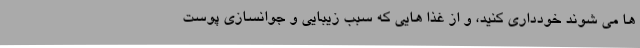
ها می شوند خودداری کنید، و از غذا هایی که سبب زیبایی و جوانسازی پوست